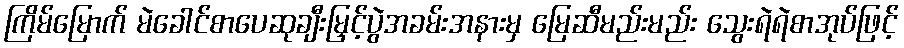
ကြိမ်မြောက် မဲခေါင်စာပေဆုချီးမြှင့်ပွဲအခမ်းအနားမှ မြေဆီမည်းမည်း သွေးရဲရဲစာအုပ်ဖြင့်